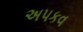
અપકવ